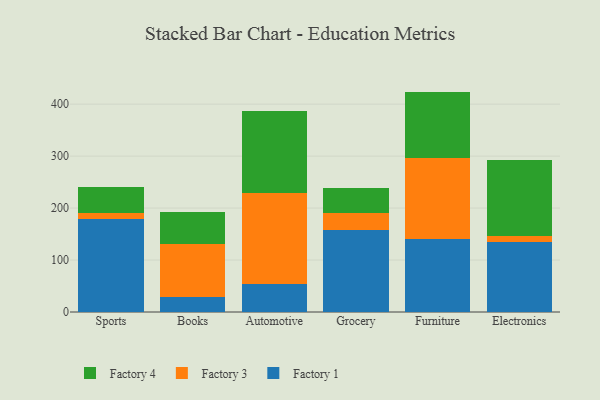
{"axis": {"x": "Category", "y": "Market Share (%)"}, "legend": ["Factory 1", "Factory 3", "Factory 4"], "data": [{"x": "Sports", "y": 178.5, "type": "Factory 1"}, {"x": "Sports", "y": 12.2, "type": "Factory 3"}, {"x": "Sports", "y": 49.6, "type": "Factory 4"}, {"x": "Books", "y": 28.8, "type": "Factory 1"}, {"x": "Books", "y": 102.2, "type": "Factory 3"}, {"x": "Books", "y": 61.2, "type": "Factory 4"}, {"x": "Automotive", "y": 53.2, "type": "Factory 1"}, {"x": "Automotive", "y": 175.8, "type": "Factory 3"}, {"x": "Automotive", "y": 158.0, "type": "Factory 4"}, {"x": "Grocery", "y": 157.6, "type": "Factory 1"}, {"x": "Grocery", "y": 33.6, "type": "Factory 3"}, {"x": "Grocery", "y": 47.3, "type": "Factory 4"}, {"x": "Furniture", "y": 139.8, "type": "Factory 1"}, {"x": "Furniture", "y": 157.2, "type": "Factory 3"}, {"x": "Furniture", "y": 127.2, "type": "Factory 4"}, {"x": "Electronics", "y": 133.9, "type": "Factory 1"}, {"x": "Electronics", "y": 13.0, "type": "Factory 3"}, {"x": "Electronics", "y": 145.4, "type": "Factory 4"}]}